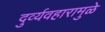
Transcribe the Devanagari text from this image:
दुर्व्यवहारामुळे